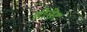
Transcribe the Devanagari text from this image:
डोनेट